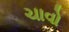
ચાવો